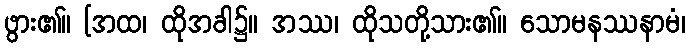
ဖွား၏။ [အထ၊ ထိုအခါ၌။ အဿ၊ ထိုသတို့သား၏။ သောမနဿနာမံ၊